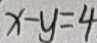
x - y = 4